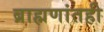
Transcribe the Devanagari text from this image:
ब्राह्मणांतही